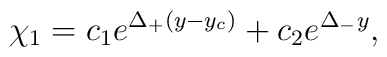
~\chi_1 = c_1 e^{\Delta_+ (y-y_c)} + c_2 e^{\Delta_- y},